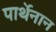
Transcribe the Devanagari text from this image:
पार्थेनान